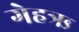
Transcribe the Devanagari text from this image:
गेहऋ